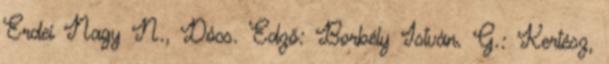
Erdei Nagy N., Dócs. Edző: Borbély István. G.: Kertész,